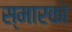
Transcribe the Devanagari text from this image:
स्मारको